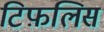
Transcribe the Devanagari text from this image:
टिफ़लिस